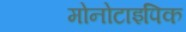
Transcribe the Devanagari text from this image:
मोनोटाइपिक